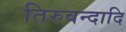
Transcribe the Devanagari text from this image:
तिरुवन्दादि